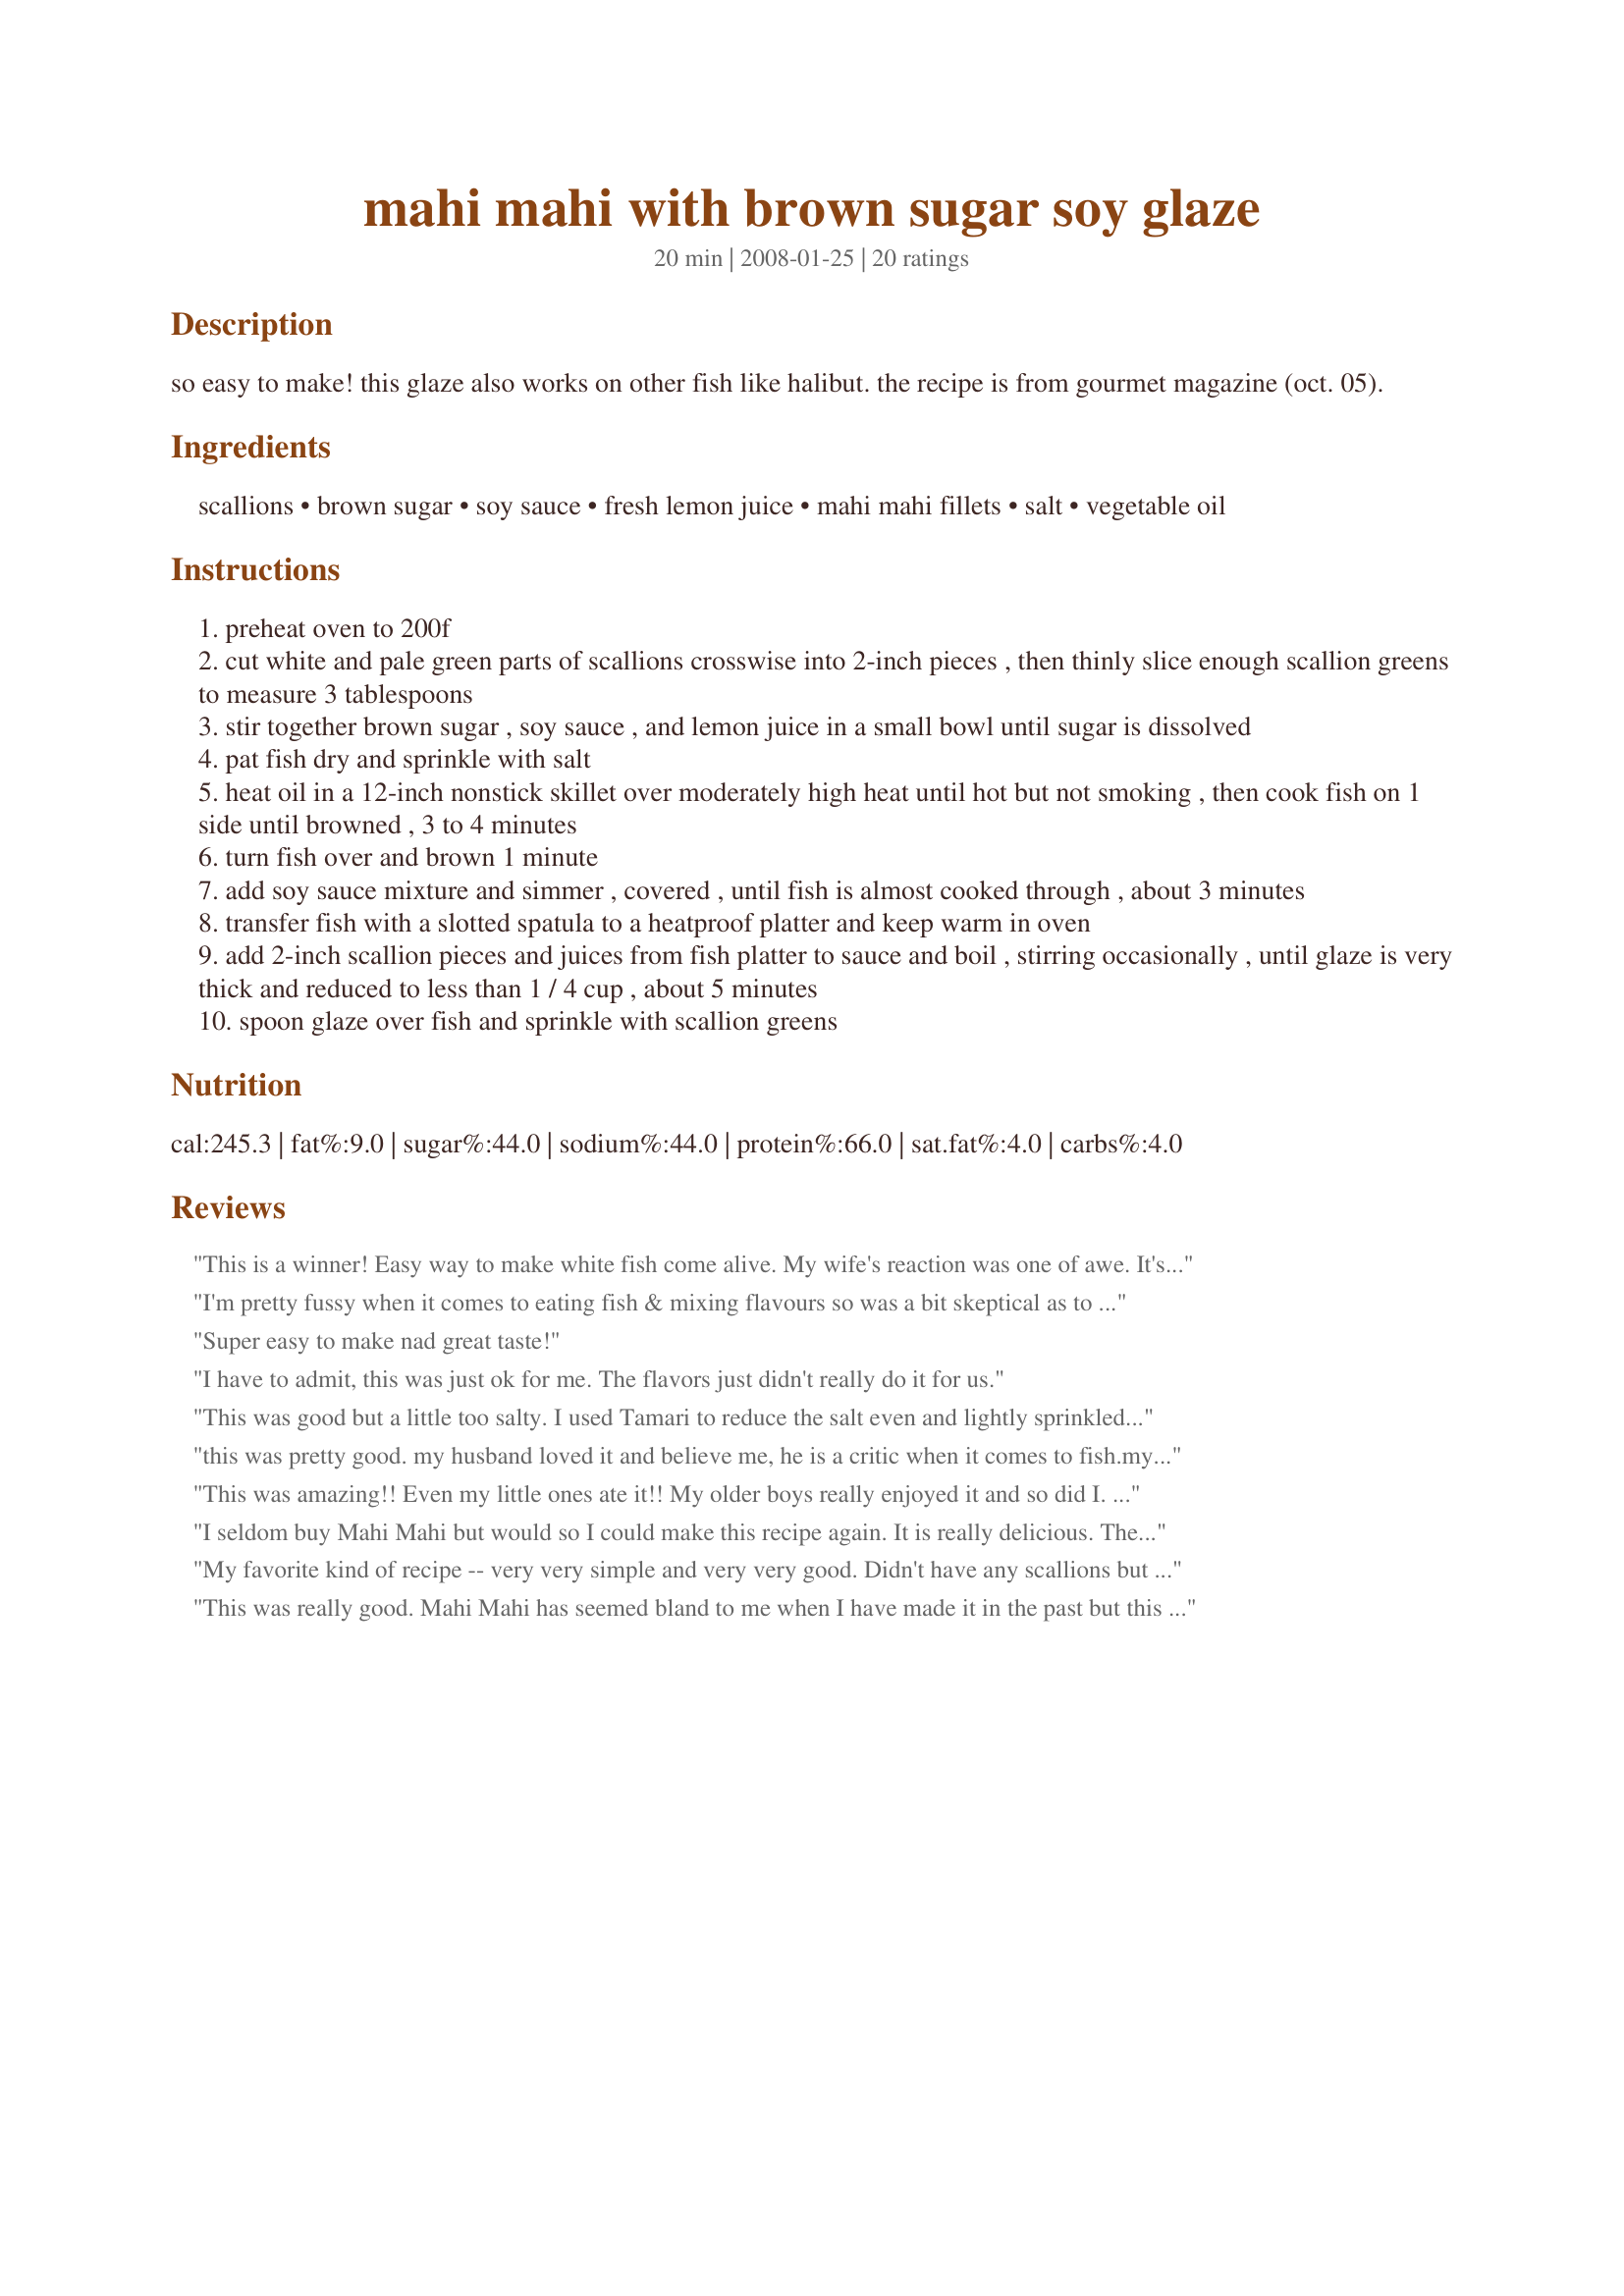
mahi mahi with brown sugar soy glaze
Preparation time: 20 minutes

so easy to make! this glaze also works on other fish like halibut. the recipe is from gourmet magazine (oct. 05).

Ingredients:
scallions, brown sugar, soy sauce, fresh lemon juice, mahi mahi fillets, salt, vegetable oil

Steps:
preheat oven to 200f
cut white and pale green parts of scallions crosswise into 2-inch pieces , then thinly slice enough scallion greens to measure 3 tablespoons
stir together brown sugar , soy sauce , and lemon juice in a small bowl until sugar is dissolved
pat fish dry and sprinkle with salt
heat oil in a 12-inch nonstick skillet over moderately high heat until hot but not smoking , then cook fish on 1 side until browned , 3 to 4 minutes
turn fish over and brown 1 minute
add soy sauce mixture and simmer , covered , until fish is almost cooked through , about 3 minutes
transfer fish with a slotted spatula to a heatproof platter and keep warm in oven
add 2-inch scallion pieces and juices from fish platter to sauce and boil , stirring occasionally , until glaze is very thick and reduced to less than 1 / 4 cup , about 5 minutes
spoon glaze over fish and sprinkle with scallion greens

Reviews:
This is a winner! Easy way to make white fish come alive. My wife's reaction was one of awe. It's a keeper for the recipe file and a good reason to keep inexpensive frozen Trader Joe Mahi Mahi stocked in the freezer.
I'm pretty fussy when it comes to eating fish & mixing flavours so was a bit skeptical as to whether I was going to like this but the recipe looked interesting & had two good ratings so gave it a whirl tonight. It was delicious. I think next time I will cover the fish with foil when I put it in the oven. I ended up doubling the sauce & adding an assortment of veges once the scallions were on their way, which ended up taking too long & my poor fish ended up being a bit chewy. It still tasted great though. I imagine this recipe would be awesome with chicken as well. Thanks for a great alternative that we will definitely be using again!
Super easy to make nad great taste!
I have to admit, this was just ok for me. The flavors just didn't really do it for us.
This was good but a little too salty. I used Tamari to reduce the salt even and lightly sprinkled the fish with sea salt. I followed the time as listed and felt the fish was a little dry. Will make again reducing salt and cooking time. Thanks for sharing this recipe!
this was pretty good. my husband loved it and believe me, he is a critic when it comes to fish.my sauce burnt so we didnt get to use it over the fish but the fish still had plenty of the sauce flavor from the simmering. i left the stove for a minute to put plates on the table and when i got back to the stove the sauce was more like molasses. my advice to everyone would be: DO NOT LEAVE THE SAUCE FOR EVEN A SECOND. IT WILL OVERCOOK. it is apparently one that you have to constantly monitor and stir. all in all, it was an awesome recipe. thanks for posting :)
This was amazing!! Even my little ones ate it!! My older boys really enjoyed it and so did I. Thank you for sharing :)
I seldom buy Mahi Mahi but would so I could make this recipe again. It is really delicious. The fish should be returned to the pan once the glazes thickens in order for it to be glazed on all sides and not just spooned over. I will give this a try with halibut. Thanks for posting.
My favorite kind of recipe -- very very simple and very very good. Didn't have any scallions but didn't find the recipe suffered from the lack. Thanks!
This was really good. Mahi Mahi has seemed bland to me when I have made it in the past but this recipe gave the fish a lot of flavor.
Will make this again! I did make a few changes however. I used teriyaki marinade instead of soy sauce because that is what I had on hand. Also, I added a clove of garlic to the minced onions and used shallots instead of scallions because once again that is what I had available. Great recipe, thank you!
This was very good! I think next time I would like to try basting the sauce over the fish while under the broiler. I like sugar glazes to make the fish crisp up a little. This sauce is really good though! It went well with some fried red banana I made. Thank you for the recipe!
This was very simple to make and a great change up to my normal fish dinners. I think next time I will try it with honey instead of brown sugar and maybe light soy sauce since it was just a teeny bit too salty. Definitely a keeper.<br/>*Update* I have made it substituting honey many times now and love it. I just eyeball measurements to be about equal parts honey/lite soy sauce/lemon juice and it's a quick, throw-it-together delicious meal.
.Was looking for a new way to prepare Mahi Mahi. Made this last night and it was wonderful. I used low sodium soy and didn't add any additional salt. Just about perfect. I will try this with chicken in the future. Great new recipe
I added about 1/2-3/4 t. of sesame oil in the cooking to give it more Asian flavor, otherwise, followed directions. This was a nice change to my normal prep usually fish tacos, (which I think the kids were glad to try something new). I had some leftover flat spaghetti noodles (I was going with a lo mein theme here) which I stirred into the sauce after reducing and then served alongside some snow peas I saut&eacute;ed in soy sauce, ginger, pepper, sesame oil &amp; garlic powder. Garnished everything with some toasted sesame seeds. This was a super fast prep flavorful dinner. Thanks for sharing!
This was a good, easy weeknight dinner--I used honey for the sugar (as another reviewer suggested), dried minced onion (added with the soy sauce mixture), and added a little ground mustard. I also serves this over steamed green beans. Next time, I will roast the beans--and there will be a next time!
My family and I really enjoyed this mahi mahi :) My daughters can sometimes be a bit picky when it comes to fish - especially my 8 year old - but both of them ate this up!
This was great!!! I love fish my husband does also. I was just so tired of the same fried, baked or broiled all the time(hubby is resistant to change). I took the risk and tried this. I am so happy I did. I have since also used Tilapia(instead of frying) and Salmon(instead of broiling) both were wonderful!!! Thank you for this life changing recipe.
Sorry, but we only found this okay. thanks
I am not a fish eater, but the sauce was to die for! Hubby likes fish, and said this was a keeper! I followed directions as they were...Thanks for a great post.
